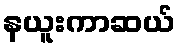
နယူးကာဆယ်